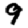
Digit: 9